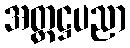
အတ္တဋ္ဌပညာ